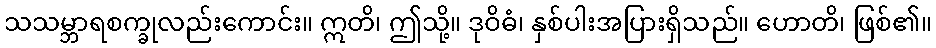
သသမ္ဘာရစက္ခုလည်းကောင်း။ ဣတိ၊ ဤသို့။ ဒုဝိဓံ၊ နှစ်ပါးအပြားရှိသည်။ ဟောတိ၊ ဖြစ်၏။